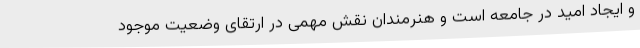
و ایجاد امید در جامعه است و هنرمندان نقش مهمی‌ در ارتقای وضعیت موجود